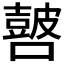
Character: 𰈺